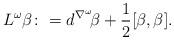
LaTeX: \begin{align*} L^\omega \beta \colon= d^{\nabla^\omega}\! \beta + \frac{1}{2} [\beta, \beta].\end{align*}